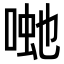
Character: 𭈽